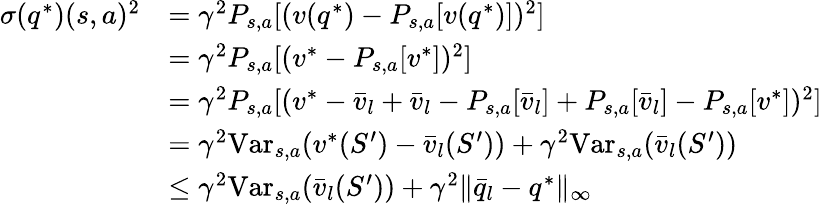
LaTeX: \begin{array}{rl}{\sigma(q^{*})(s,a)^{2}}&{=\gamma^{2}P_{s,a}[(v(q^{*})-P_{s,a}[v(q^{*})])^{2}]}\\ &{=\gamma^{2}P_{s,a}[(v^{*}-P_{s,a}[v^{*}])^{2}]}\\ &{=\gamma^{2}P_{s,a}[(v^{*}-\bar{v}_{l}+\bar{v}_{l}-P_{s,a}[\bar{v}_{l}]+P_{s,a}[\bar{v}_{l}]-P_{s,a}[v^{*}])^{2}]}\\ &{=\gamma^{2}\mathrm{Var}_{s,a}(v^{*}(S^{\prime})-\bar{v}_{l}(S^{\prime}))+\gamma^{2}\mathrm{Var}_{s,a}(\bar{v}_{l}(S^{\prime}))}\\ &{\leq\gamma^{2}\mathrm{Var}_{s,a}(\bar{v}_{l}(S^{\prime}))+\gamma^{2}\| \bar{q}_{l}-q^{*}\| _{\infty}}\end{array}